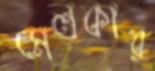
মেলকার